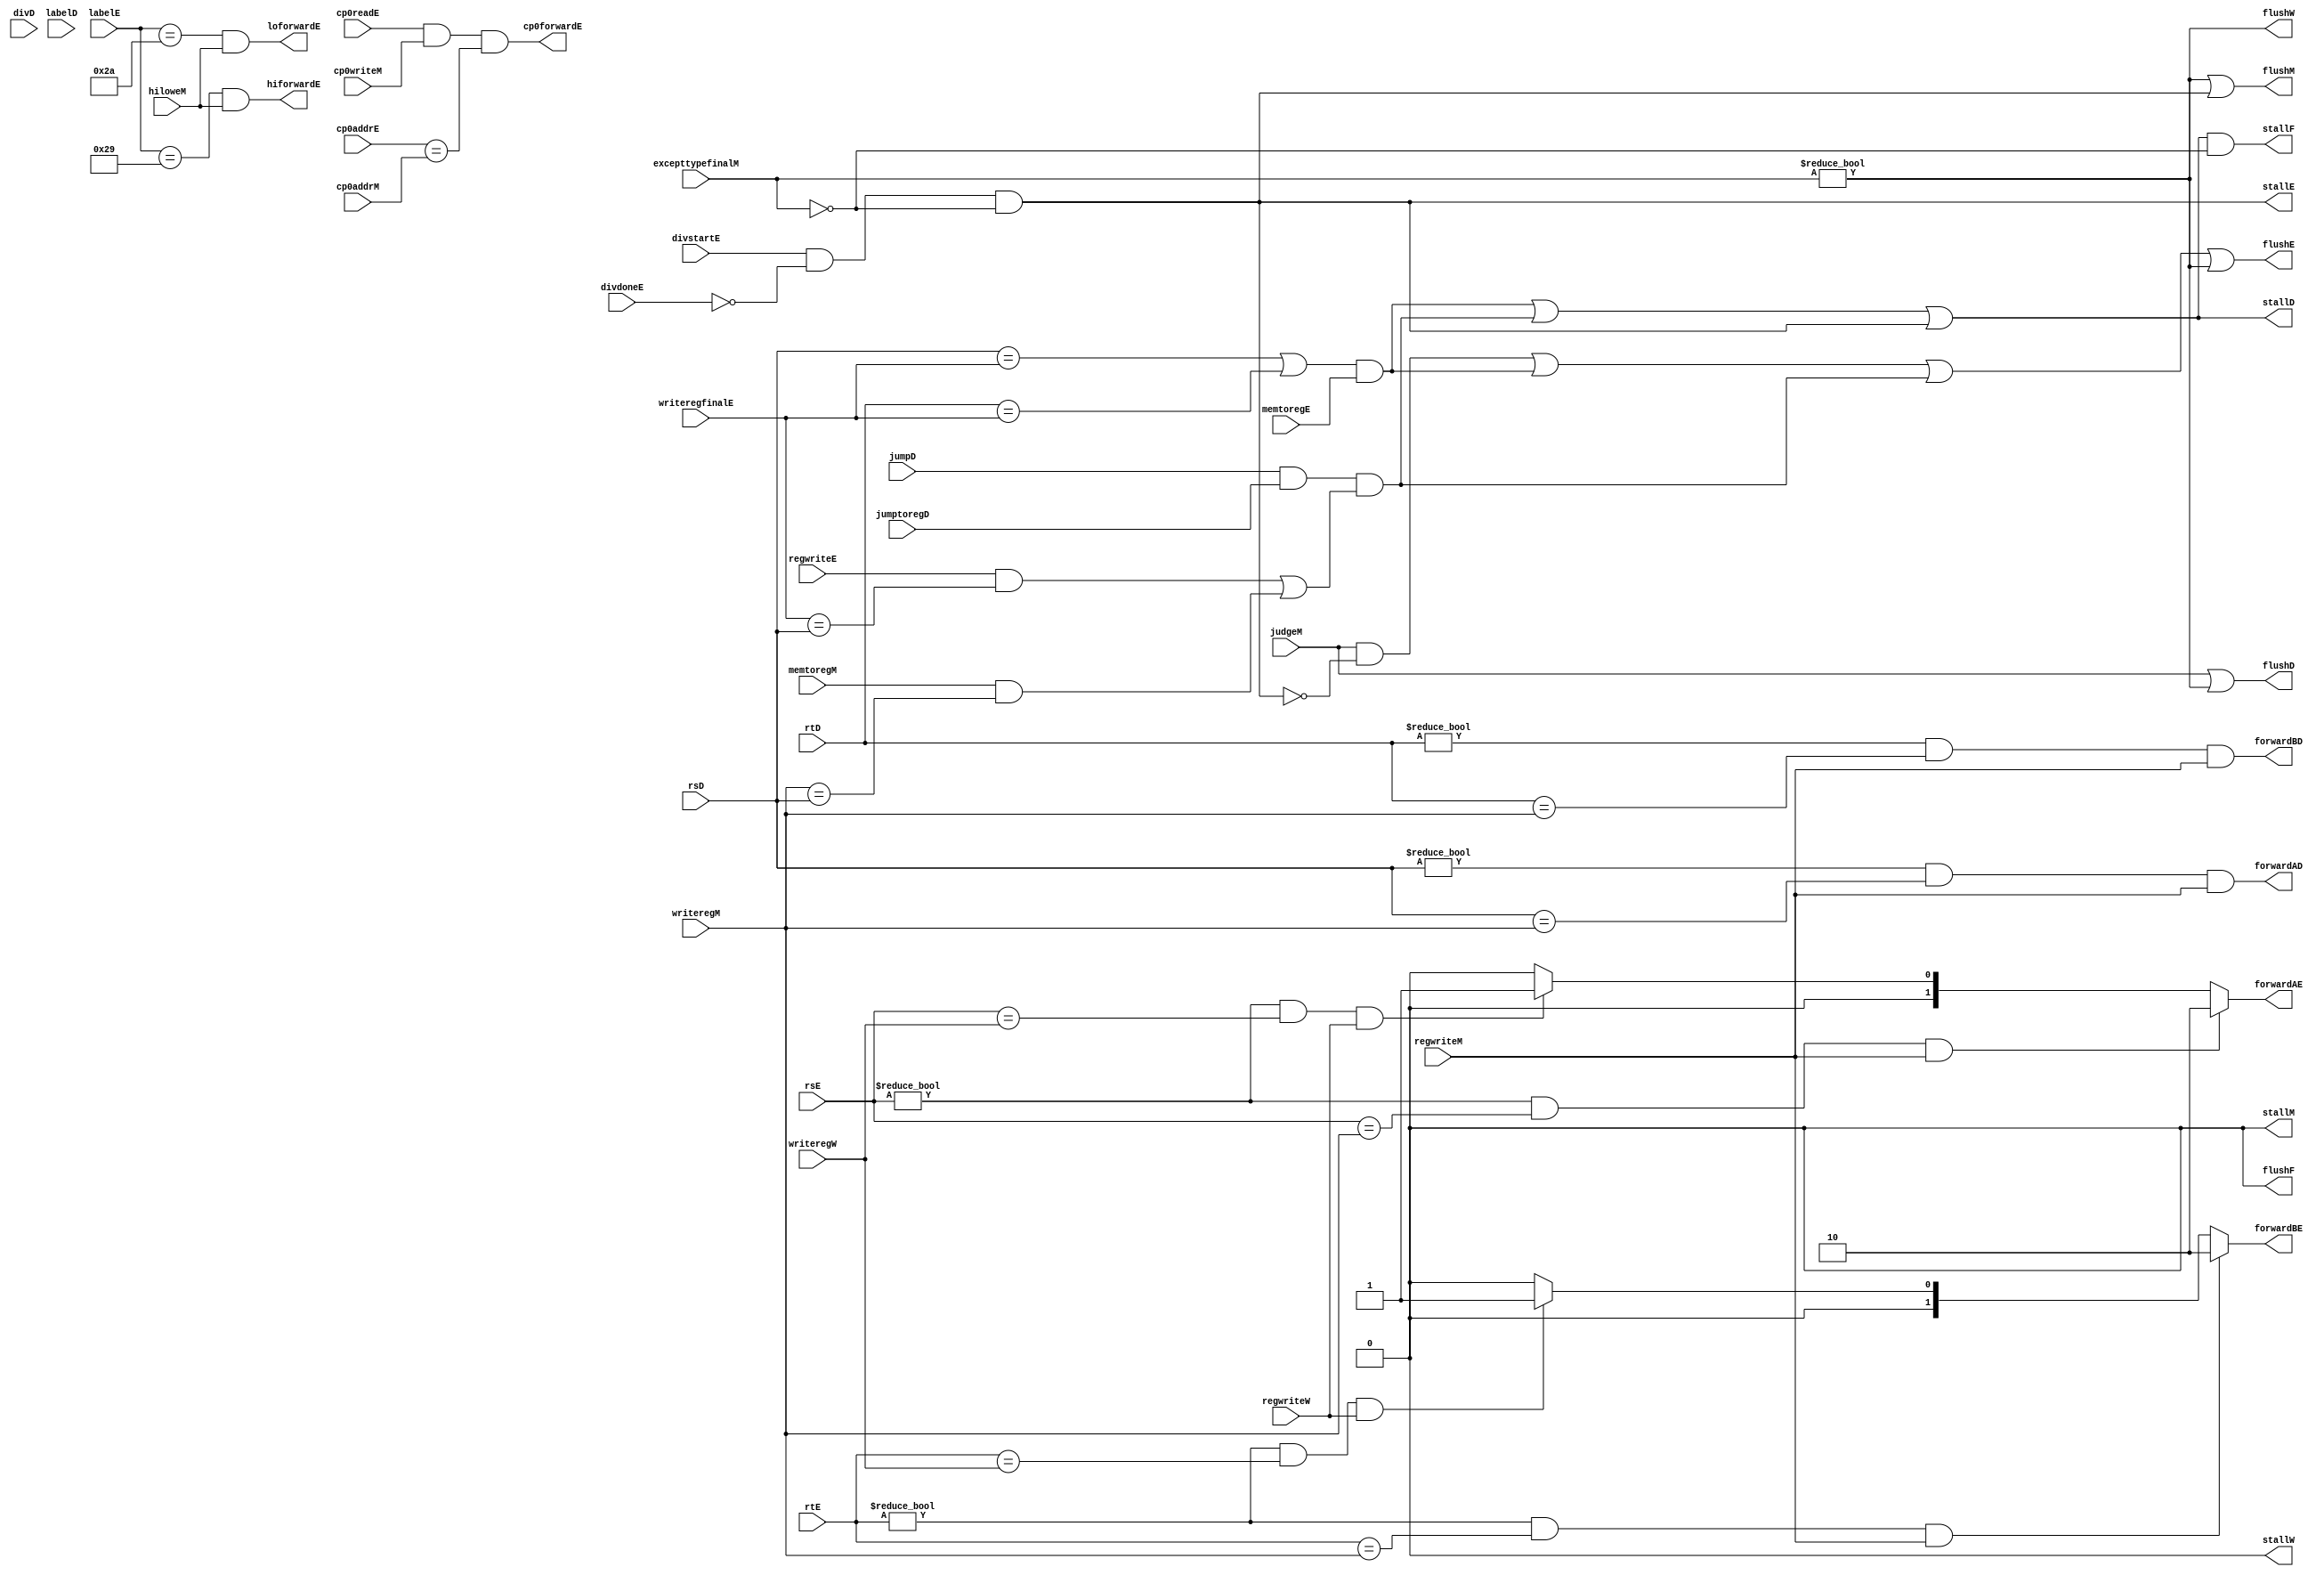
`timescale 1ns / 1ps
//////////////////////////////////////////////////////////////////////////////////
// Company: 
// Engineer: 
// 
// Design Name: 
// Module Name: hazard
// Project Name: 
// Target Devices: 
// Tool Versions: 
// Description: 
// 
// Dependencies: 
// 
// Revision:
// Revision 0.01 - File Created
// Additional Comments:
// 
//////////////////////////////////////////////////////////////////////////////////


module hazard(
    input wire[4:0] rsE,rtE,writeregM,writeregW,writeregfinalE,rsD,rtD,
    input wire regwriteM,regwriteW,memtoregE,memtoregM,regwriteE,judgeM,divD,jumpD,jumptoregD,hiloweM,
    input wire[5:0] labelD,labelE,
    input wire divstartE,divdoneE,
    input wire cp0readE,cp0writeM,
    input wire[4:0] cp0addrE,cp0addrM,
    input wire[31:0] excepttypefinalM,
    output wire forwardAD,forwardBD,
    output wire[1:0] forwardAE,forwardBE,
    output wire hiforwardE,loforwardE,cp0forwardE,
    output wire stallF,stallD,stallE,stallM,stallW,flushF,flushD,flushE,flushM,flushW
    );

    assign forwardAE=((rsE!=5'b0)&&(rsE==writeregM)&&regwriteM)?2'b10:
                    ((rsE!=5'b0)&&(rsE==writeregW)&&regwriteW)?2'b01:2'b00;
    assign forwardBE=((rtE!=5'b0)&&(rtE==writeregM)&&regwriteM)?2'b10:
                    ((rtE!=5'b0)&&(rtE==writeregW)&&regwriteW)?2'b01:2'b00;
    assign forwardAD=(rsD!=0)&(rsD==writeregM)&regwriteM;
    assign forwardBD=(rtD!=0)&(rtD==writeregM)&regwriteM;
    assign hiforwardE=(labelE==6'b101001)&hiloweM;
    assign loforwardE=(labelE==6'b101010)&hiloweM;
    assign cp0forwardE=cp0readE&cp0writeM&(cp0addrE==cp0addrM);
    
    wire lwstall;
    wire divstall;  //
    wire jumpstall;  //
    wire exceptflush;  //

    assign lwstall=((rsD==writeregfinalE)|(rtD==writeregfinalE))&memtoregE;
    assign jumpstall=jumpD&jumptoregD&((regwriteE&(writeregfinalE==rsD))|(memtoregM&(writeregM==rsD)));
    assign divstall=divstartE&(~divdoneE)&(excepttypefinalM==32'h0);

    assign exceptflush=(excepttypefinalM!=32'h0);

    assign stallF=(lwstall|jumpstall|divstall)&(excepttypefinalM==32'h0);
    assign stallD=lwstall|jumpstall|divstall;
    assign stallE=divstall;
    assign stallM=1'b0;
    assign stallW=1'b0;  
    assign flushF=1'b0;
    assign flushD=judgeM|exceptflush;
    assign flushE=(judgeM&divstall==1'b0)|lwstall|jumpstall|exceptflush;
    assign flushM=exceptflush|divstall;
    assign flushW=exceptflush;
    
endmodule